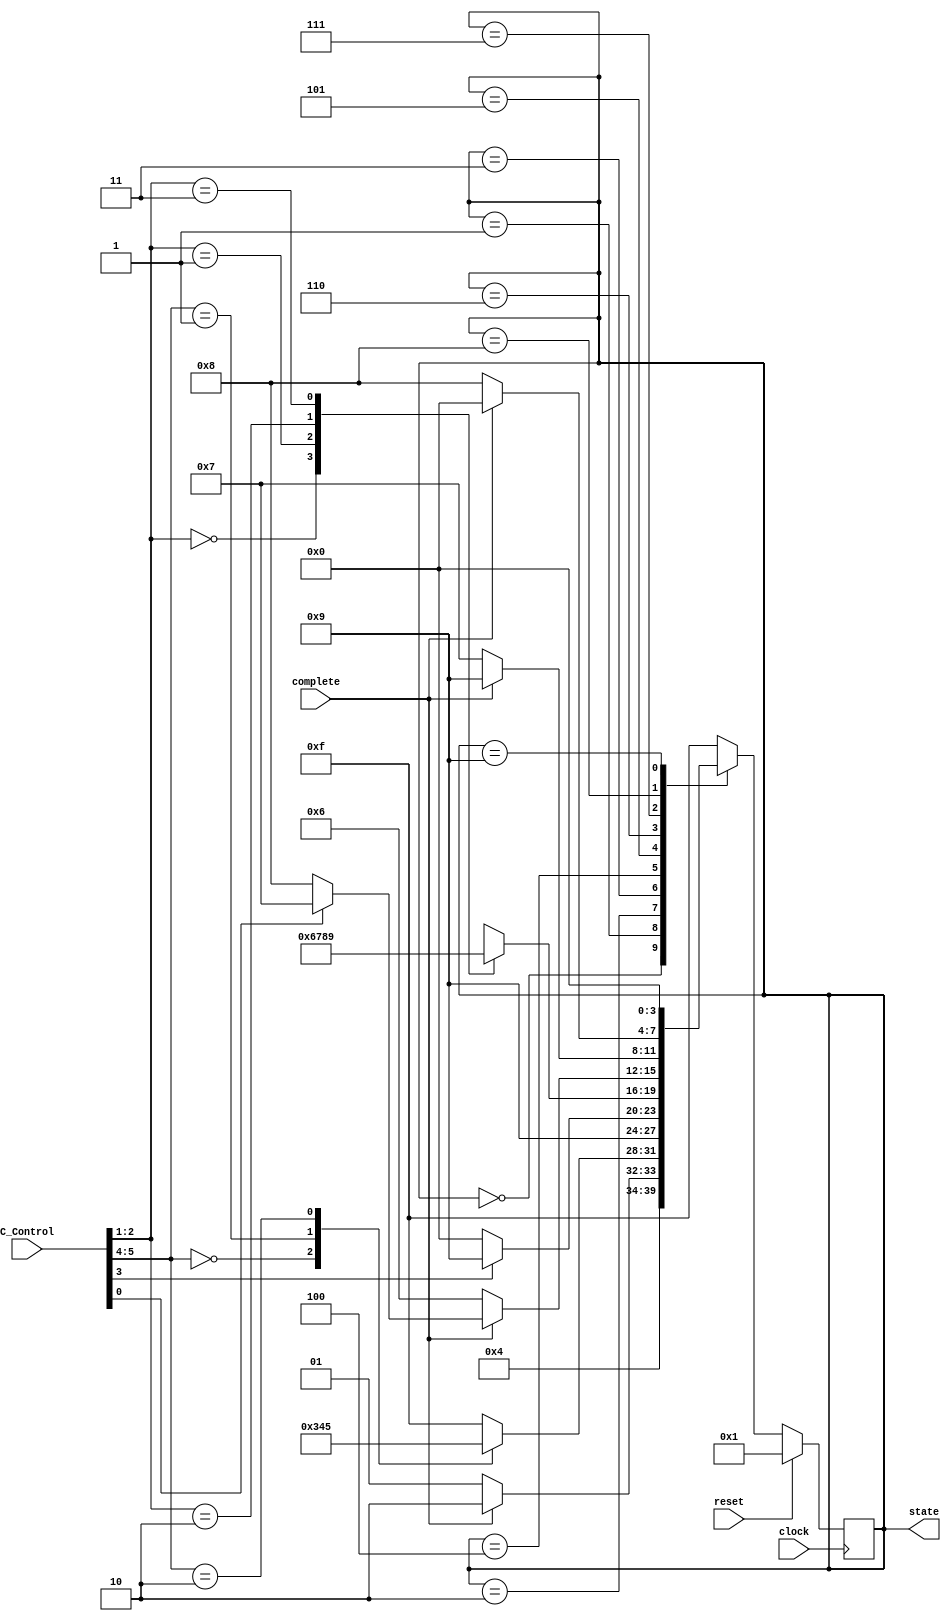
`timescale 1ns/100ps

module Controller(clock, reset, state, C_Control, complete) ;
	input clock, reset ;
	output reg [3:0] state ;
	input [5:0] C_Control ;
	input complete ;
	
	wire Load ;
	wire [1:0] MAM ;
	wire storePC ;
	wire [1:0] instrType ;
	
	assign Load = C_Control[0] ;
	assign MAM = C_Control[2:1] ;
	assign storePC = C_Control[3] ;
	assign instrType = C_Control[5:4] ;
	
	always@(posedge clock)
		if(reset) state = 1 ;
		else
			case(state)
				0: state = 1 ;					// state 0 = Update PC
				1: state = complete ? 2 : 1 ;			// state 1 = Fetch Instruction
				2: case(instrType) 				// state 2 = Decode
					0: state = 3 ;
					1: state = 4 ;
					2: state = 5 ;
					default: state = 15 ;
				   endcase
				3: state = 9 ;					// state 3 = Execute ALU Operations
				4: state = storePC ? 9 : 0 ;			// state 4 = Compute Target PC
				5: case(MAM)					// state 5 = Compute Memory Address
					0: state = 6 ;
					1: state = 7 ;
					2: state = 8 ;
					3: state = 9 ;
					default: state = 15 ;
				   endcase
				6: state = complete ? (Load ? 7 : 8) : 6 ;	// state 6 = Indirect Address Read
				7: state = complete ? 9 : 7 ;			// state 7 = Read Memory
				8: state = complete ? 0 : 8 ;			// state 8 = Write Memory
				9: state = 0 ;					// state 9 = Update Register File
				default: state = 15 ;				// state 15 = Invalid State
			endcase
endmodule

module extension (output [15:0] imm5, offset6, offset9, offset11, trapvect8, input [15:0] ir) ;
	
	assign imm5[15:0] = {{11{ir[4]}},{ir[4:0]}}  ;
	assign offset6[15:0] = {{10{ir[5]}},{ir[5:0]}} ;
	assign offset9[15:0] = {{7{ir[8]}},{ir[8:0]}} ;
	assign offset11[15:0] = {{5{ir[10]}},{ir[10:0]}} ;
	assign trapvect8[15:0] = {{8{ir[7]}},{ir[7:0]}} ;

endmodule

module ALU (aluout, alucarry, aluin1, aluin2, alu_control) ;
	input [15:0] aluin1, aluin2 ;
	input [1:0] alu_control ;
	reg [16:0] tmp ;
	output reg [15:0] aluout ;
	output reg alucarry ;
	always @*
		case (alu_control)
			2'b00:
				begin
				tmp = aluin1 + aluin2 ;
				alucarry = tmp[16] ;
				aluout[15:0] = tmp[15:0] ;
				end 
			2'b01: 
				begin
				aluout = aluin1 & aluin2 ;
				alucarry = 1'b0 ;
				end
			2'b10: 
				begin
				aluout = ~aluin1 ;
				alucarry = 1'b0 ;
				end
			2'b11:
				begin
				aluout = 16'h0000 ;
				alucarry = 1'b0 ;
				end
			default:
				begin
				aluout = 16'h0000 ;
				alucarry = 1'b0 ;
				end
		endcase
endmodule

module Execute(E_Control, D_Data, npc, aluout, pcout) ;
	input [5:0] E_Control ;
	input [47:0] D_Data ;
	input [15:0] npc ;
	output [15:0] aluout, pcout ;
	wire alucarry ;
	wire PCsel_2, OP2sel ;
	wire [15:0] imm5, offset6, offset9, offset11, trapvect8, IR, VSR1, VSR2, aluin1, aluin2 ;
	wire [1:0] PCsel_1, ALU_Op_Sel ;
	reg [15:0] add1, add2 ;
	
	assign {IR, VSR1, VSR2} = D_Data ;
	assign {ALU_Op_Sel, PCsel_1, PCsel_2, OP2sel} = E_Control ;
	assign aluin1 = VSR1 ;
	
	assign aluin2 = OP2sel ? imm5 : VSR2 ;
	assign pcout = add1 + add2 ;
	
	ALU ALU(aluout, alucarry, aluin1, aluin2, ALU_Op_Sel) ;
	extension extension(imm5, offset6, offset9, offset11, trapvect8, IR) ;
	
	always@(*)
		case(PCsel_1)
			2'd0: add1 = offset6 ;
			2'd1: add1 = offset9 ;
			2'd2: add1 = offset11 ;
			2'd3: add1 = 16'd0 ;
		endcase
	
	always @(PCsel_2 or npc or VSR1)
		if(PCsel_2) add2 = VSR1;
		else add2 = npc ;
endmodule

module Fetch (clock, reset, state, pc, npc, rd, taddr, br_taken) ;
	input clock, reset, br_taken ;
	input [15:0] taddr ;
	input [3:0] state ;
	output [15:0] pc, npc ;
	output rd ;
	reg [15:0] inPC ;
	wire [15:0] mux1 ;
	
	//  "Read Memory" state = 7, "Write Memory" state = 8, "Indirect Address Read" state = 6
	assign rd = (state == 6 || state == 7 || state == 8) ? 1'bz : 1'b1 ;
	assign pc = (state == 6 || state == 7 || state == 8) ? 16'hzzzz : inPC ;
	assign npc = inPC + 1 ;

	assign mux1 = br_taken ? taddr : npc ;
	// "Update PC" state = 0
	always@ (posedge clock)
		if(reset) inPC <= 16'h3000 ;
		else
			if (state == 4'b0000) inPC <= mux1 ;
			else inPC <= inPC ;
endmodule

module MemAccess(state, M_Control, M_Data, M_Addr, memout, addr, din, dout, rd) ;
	input [3:0] state ;
	input M_Control ;
	input [15:0] M_Data, M_Addr ;
	output reg [15:0] addr, din ;
	output [15:0] memout ;
	output reg rd ;
	input [15:0] dout ;
	
	assign memout = dout ;
	
	//state 6 = read Indirect Address State
	//state 7 = read memory
	//state 8 = write memory	
	always@*
		case(state)
			6:
				begin
				addr <= M_Addr ;
				din <= 16'h0 ;
				rd <= 1'b1 ;				
				end
			7:
				begin
				if(M_Control == 0) addr <= M_Addr ;
				else addr <= dout ;
				din <= 16'h0 ;
				rd <= 1'b1 ;
				end
			8:
				begin
				if(M_Control == 0) addr <= M_Addr ;
				else addr <= dout ;
				din <= M_Data ;
				rd <= 1'b0 ;
				end
			default:
				begin
				addr <= 16'hz ;
				din <= 16'hz ;
				rd <= 1'bz ;
				end
		endcase
endmodule

module Writeback(W_Control, aluout, memout, pcout, npc, DR_in) ;
	input [15:0] aluout, memout, pcout, npc ;
	input [1:0] W_Control ;
	output reg [15:0] DR_in ;
	
	always@*
		case(W_Control)
			0: DR_in <= aluout ;
			1: DR_in <= pcout ;
			2: DR_in <= npc ;
			3: DR_in <= memout ;
		endcase
endmodule

module RegFile(clock, write, dr, sr1, sr2, DR_in, VSR1, VSR2) ;
	input clock, write ;
	input [2:0] dr, sr1, sr2 ;
	input [15:0] DR_in ;
	output [15:0] VSR1, VSR2 ;
	wire [15:0] R0, R1, R2, R3, R4, R5, R6, R7 ;	
	reg [15:0] ram [0:7] ;

	assign VSR1 = ram[sr1] ;
	assign VSR2 = ram[sr2] ;
	
	assign R0 = ram[0] ;
	assign R1 = ram[1] ;
	assign R2 = ram[2] ;
	assign R3 = ram[3] ;
	assign R4 = ram[4] ;
	assign R5 = ram[5] ;
	assign R6 = ram[6] ;
	assign R7 = ram[7] ;
	
	always@(posedge clock)
		begin
		if(write) ram[dr] <= DR_in ;
		end
endmodule

module Decode(clock, state, dout, C_Control, E_Control, M_Control, W_Control, F_Control, D_Data, DR_in) ;
	input clock ;
	input [3:0] state ;
	input [15:0] dout, DR_in ;
	output reg M_Control ;
	output F_Control ;
	output reg [1:0] W_Control ;
	output [5:0] C_Control ;
	output [5:0] E_Control ;
	output [47:0] D_Data ;
	
	// For F_Control
	reg br_taken ;
	// For C_Control
	reg [1:0] Instruction_Type, Memory_Access_Mode ;
	reg Store_PC, Load ;
	// For E_Control
	reg [1:0] ALU_Operation_Select, PC_Sel_1 ;
	reg PC_Sel_2, OP_2_Sel ;
	// For D_Data
	wire enable_IRreg ;
	reg [15:0] IR ;
	wire [3:0] opcode = IR[15:12] ;
	wire [3:0] nopcode = dout[15:12] ;
	wire [15:0] VSR1, VSR2 ;
	// For Register File (enabled at Update Register State)
	wire enable_Reg ;
	reg [2:0] DR, SR1, SR2 ;
	// For PSR
	reg [15:0] PSR ;
	wire enable_PSRreg ;
	
	
	RegFile register(clock, enable_Reg, DR, SR1, SR2, DR_in, VSR1, VSR2) ;
	
	assign F_Control = br_taken ;
	assign C_Control  = {Instruction_Type, Store_PC, Memory_Access_Mode, Load} ;
	assign E_Control = {ALU_Operation_Select, PC_Sel_1, PC_Sel_2, OP_2_Sel} ;
	assign D_Data = {IR, VSR1, VSR2} ;
	assign enable_Reg = (state == 4'd9) ? 1 : 0 ;
	assign enable_IRreg = (state == 4'd2) ? 1 : 0 ;
	
	
	// IR flip-flop
	always@(posedge clock)
		if (enable_IRreg) IR <= dout ;
		else IR <= IR ;
	
	// PSR flip-flops	
	always @(posedge clock)
    		if(state==4'd9 && opcode!=4'b0100 && DR_in[15]) PSR<=16'h4 ;		// n
		else if(state==4'd9 && opcode!=4'b0100 && (|DR_in)) PSR<=16'h1 ;	// p
		else if(state==4'd9 && opcode!=4'b0100) PSR<=16'h2 ;			// z
		else PSR <= PSR ;

	// Instruction Type decode logic	
	always@(nopcode)
		if(nopcode == 4'b0001 && dout[5] == 0) Instruction_Type <= 2'd0 ; // ADD w/ mode 0		
		else if(nopcode == 4'b0001 && (dout[5] != 0)) Instruction_Type <= 2'd0 ; // ADD w/ mode 1		
		else if(nopcode == 4'b0101 && (dout[5] == 0)) Instruction_Type <= 2'd0 ; // AND w/ mode 0		
		else if(nopcode == 4'b0101 && (dout[5] != 0)) Instruction_Type	<= 2'd0 ; // AND w/ mode 1		
		else if(nopcode == 4'b1001) Instruction_Type <= 2'd0 ; // NOT		
		else if(nopcode == 4'b0000) Instruction_Type <= 2'd1 ; // BR		
		else if(nopcode == 4'b1100) Instruction_Type <= 2'd1 ; // JMP/ RET		
		else if(nopcode == 4'b0100 && (dout[11] == 1)) Instruction_Type <= 2'd1 ; // JSR		
		else if(nopcode == 4'b0100 && (dout[11] == 0)) Instruction_Type <= 2'd1 ; // JSRR		
		else if(nopcode == 4'b0010) Instruction_Type <= 2'd2 ; // LD		
		else if(nopcode == 4'b0110) Instruction_Type <= 2'd2 ; // LDR		
		else if(nopcode == 4'b1010) Instruction_Type <= 2'd2 ; // LDI		
		else if(nopcode == 4'b1110) Instruction_Type <= 2'd2 ; // LEA		
		else if(nopcode == 4'b0011) Instruction_Type <= 2'd2 ; // ST		
		else if(nopcode == 4'b0111) Instruction_Type <=	2'd2 ; // STR		
		else if(nopcode == 4'b1011) Instruction_Type <= 2'd2 ; // STI		
		else Instruction_Type <= 2'd3 ; //any other opcode for error
	
	// Main Decode Logic	
	always@(IR or PSR or opcode)
		begin
		if(opcode == 4'b0001 && (IR[5] == 1'b0)) // ADD w/ mode 0
			begin
			DR <= IR[11:9] ;
			SR1 <= IR[8:6] ;
			SR2 <= IR[2:0] ;
			ALU_Operation_Select <= 2'd0 ;
			OP_2_Sel <= 1'b0 ;
			W_Control <= 1'b0 ;
			br_taken <= 1'b0 ;
			end		
		else if(opcode == 4'b0001 && (IR[5] == 1'b1)) // ADD w/ mode 1
			begin
			DR <= IR[11:9] ;
			SR1 <= IR[8:6] ;
			ALU_Operation_Select <= 2'd0 ;
			OP_2_Sel <= 1'b1 ;
			W_Control <= 1'b0 ;
			br_taken <= 1'b0 ;
			end		
		else if(opcode == 4'b0101 && (IR[5] == 1'b0)) // AND w/ mode 0
			begin
			DR <= IR[11:9] ;
			SR1 <= IR[8:6] ;
			SR2 <= IR[2:0] ;
			ALU_Operation_Select <= 2'd1 ;
			OP_2_Sel <= 1'b0 ;
			W_Control <= 1'b0 ;
			br_taken <= 1'b0 ;
			end		
		else if(opcode == 4'b0101 && (IR[5] == 1'b1)) // AND w/ mode 1
			begin
			DR <= IR[11:9] ;
			SR1 <= IR[8:6] ;
			ALU_Operation_Select <= 2'd1 ;
			OP_2_Sel <= 1'b1 ;
			W_Control <= 1'b0 ;
			br_taken <= 1'b0 ;
			end		
		else if(opcode == 4'b1001) // NOT
			begin
			DR <= IR[11:9] ;
			SR1 <= IR[8:6] ;
			ALU_Operation_Select <= 2'd2 ;
			W_Control <= 1'b0 ;
			br_taken <= 1'b0 ;
			end		
		else if(opcode == 4'b0000) // BR
			begin
			Store_PC <= 1'b0 ;
			PC_Sel_1 <= 2'd1 ;
			PC_Sel_2 <= 1'b0 ;
			br_taken <= (|(IR[11:9] & PSR)) ;
			end		
		else if(opcode == 4'b1100) // JMP/ RET
			begin
			SR1 <= IR[8:6] ;
			Store_PC <= 1'b0 ;
			PC_Sel_1 <= 2'd3 ;
			PC_Sel_2 <= 1'b1 ;
			br_taken <= 1'b1 ;
			end		
		else if(opcode == 4'b0100 && (IR[11] == 1'b1)) // JSR
			begin
			DR <= 3'd7 ;
			Store_PC <= 1'b1 ;
			PC_Sel_1 <= 2'd2 ;
			PC_Sel_2 <= 1'b0 ;
			br_taken <= 1'b1 ;
			W_Control <= 2'd2 ;
			end		
		else if(opcode == 4'b0100 && (IR[11] == 1'b0)) // JSRR
			begin
			DR <= 3'd7 ;
			SR1 <= IR[8:6] ;
			Store_PC <= 1'b1 ;
			PC_Sel_1 <= 2'd3 ;
			PC_Sel_2 <= 1'b1 ;
			br_taken <= 1'b1 ;
			W_Control <= 2'd2 ;
			end		
		else if(opcode == 4'b0010) // LD
			begin
			DR <= IR[11:9] ;
			Memory_Access_Mode <= 2'd1 ;
			M_Control <= 1'b0 ;
			PC_Sel_1 <= 2'd1 ;
			PC_Sel_2 <= 2'b0 ;
			W_Control <= 2'd3 ;
			br_taken <= 1'b0 ;
			end		
		else if(opcode == 4'b0110) // LDR
			begin
			DR <= IR[11:9] ;
			SR1 <= IR[8:6] ;
			Memory_Access_Mode <= 2'd1 ;
			M_Control <= 1'b0 ;
			PC_Sel_1 <= 2'd0 ;
			PC_Sel_2 <= 2'b1 ;
			W_Control <= 2'd3 ;
			br_taken <= 1'b0 ;
			end		
		else if(opcode == 4'b1010) // LDI
			begin
			DR <= IR[11:9] ;
			Memory_Access_Mode <= 2'd0 ;
			Load <= 1'b1 ;
			M_Control <= 1'b1 ;
			PC_Sel_1 <= 2'd1 ;
			PC_Sel_2 <= 2'b0 ;
			W_Control <= 2'd3 ;
			br_taken <= 1'b0 ;
			end		
		else if(opcode == 4'b1110) // LEA
			begin
			DR <= IR[11:9] ;
			Memory_Access_Mode <= 2'd3 ;
			PC_Sel_1 <= 2'd1 ;
			PC_Sel_2 <= 2'b0 ;
			W_Control <= 2'd1 ;
			br_taken <= 1'b0 ;
			end		
		else if(opcode == 4'b0011) // ST
			begin
			SR2 <= IR[11:9] ;
			Memory_Access_Mode <= 2'd2 ;
			M_Control <= 1'b0 ;
			PC_Sel_1 <= 2'd1 ;
			PC_Sel_2 <= 2'b0 ;
			br_taken <= 1'b0 ;
			end		
		else if(opcode == 4'b0111) // STR
			begin
			SR1 <= IR[8:6] ;
			SR2 <= IR[11:9] ;
			Memory_Access_Mode <= 2'd2 ;
			M_Control <= 1'b0 ;
			PC_Sel_1 <= 2'd0 ;
			PC_Sel_2 <= 2'b1 ;
			br_taken <= 1'b0 ;
			end		
		else if(opcode == 4'b1011) // STI
			begin
			SR2 <= IR[11:9] ;
			Load <= 1'b0 ;
			M_Control <= 1'b0 ;
			Memory_Access_Mode <= 2'd0 ;
			M_Control <= 1'b1 ;
			PC_Sel_1 <= 2'd1 ;
			PC_Sel_2 <= 2'b0 ;
			br_taken <= 1'b0 ;
			end		
		else //any other opcode
			begin
			//ALU_Operation_Select <= 0 ;
			end
		end
endmodule

module SimpleLC3(clock, reset, addr, din, dout, rd, complete) ;
	input clock, reset, complete ;
	input [15:0] dout ;
	output [15:0] addr, din ;
	output rd ;
	
	wire F_Control, M_Control ;
	wire [5:0] E_Control, C_Control ;
	wire [47:0] D_Data ;
	wire [1:0] W_Control ;
	wire [3:0] state ;
	wire [15:0] npc, pcout,aluout, memout, din, dout, DR_in ;
	
	Controller Controller_block(clock, reset, state, C_Control, complete) ;
	Fetch Fetch_block(clock, reset, state, addr, npc, rd, pcout, F_Control) ;
	Execute Execute_block(E_Control, D_Data, npc, aluout, pcout) ;
	MemAccess MemAccess_block(state, M_Control, D_Data[15:0], pcout, memout, addr, din, dout, rd) ;
	Writeback Writeback_block(W_Control, aluout, memout, pcout, npc, DR_in) ;
	Decode Decode_block(clock, state, dout, C_Control, E_Control, M_Control, W_Control, F_Control, D_Data, DR_in) ;
endmodule